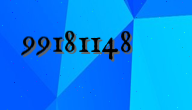
99181148